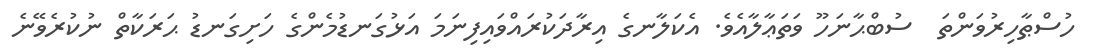
ހުސްޠާހިރުވަންތަ  ސުބްޙާނަހޫ ވަތަޢާލާއެވެ. އެކަލާނގެ އިރާދަކުރައްވައިފިނަމަ އަޅުގަނޑުމެންގެ ހަށިގަނޑު ޙަރަކާތް ނުކުރެވޭނެ